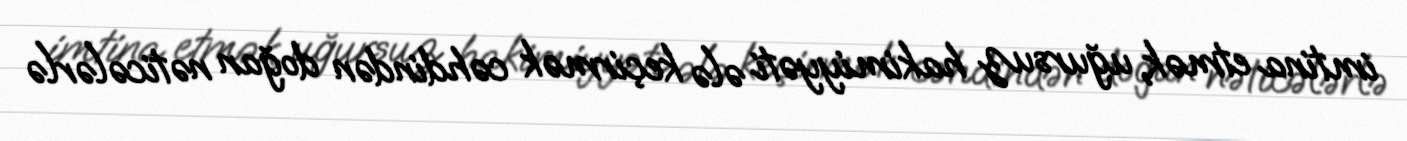
imtina etmək, uğursuz hakimiyyəti ələ keçirmək cəhdindən doğan nəticələrlə